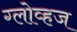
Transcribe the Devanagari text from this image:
ग्लोव्हज